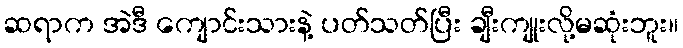
ဆရာက အဲဒီ ကျောင်းသားနဲ့ ပတ်သတ်ပြီး ချီးကျုးလို့မဆုံးဘူး။